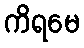
ကိရမေ